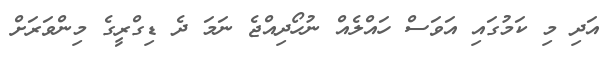
އަދި މި ކަމުގައި އަވަސް ހައްލެއް ނުހޯދިއްޖެ ނަމަ ދެ ޑިގްރީގެ މިންވަރަށް